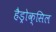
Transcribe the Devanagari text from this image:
हैड्रोक्सिल